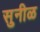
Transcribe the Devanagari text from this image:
सुनीळ